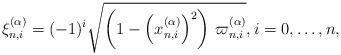
LaTeX: \begin{align*}\xi _{n,i}^{(\alpha )} = {( - 1)^i} \sqrt {\left( {1 - {{\left( {x_{n,i}^{(\alpha )}} \right)}^2}} \right)\,\varpi _{n,i}^{(\alpha )}},i = 0, \ldots ,n,\end{align*}